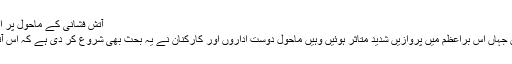
آتش فشانی کے ماحول پر اثرات | سائنس اور ماحول | DW | 22.04.2010
آئس لینڈ میں پھٹنے والے آتش فشاں کے نتیجے میں جہاں اس براعظم میں پروازیں شدید متاثر ہوئیں وہیں ماحول دوست اداروں اور کارکنان نے یہ بحث بھی شروع کر دی ہے کہ اس آتش فشانی سے ماحول پر کیا اثرات مرتب ہوں گے۔